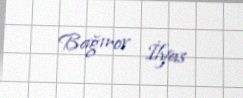
Bağırov İlyas